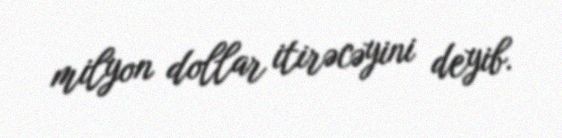
milyon dollar itirəcəyini deyib.